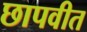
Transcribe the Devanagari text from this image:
छापवीत